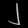
Digit: ၂